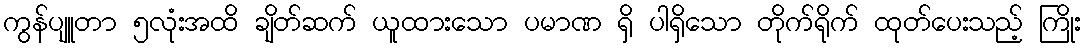
ကွန်ပျူတာ ၅လုံးအထိ ချိတ်ဆက် ယူထားသော ပမာဏ ရှိ ပါရှိသော တိုက်ရိုက် ထုတ်ပေးသည့် ကြိုး